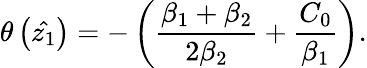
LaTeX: \theta\left(\hat{z_{1}}\right)=-\left(\frac{\beta_{1}+\beta_{2}}{2\beta_{2}}+\frac{C_{0}}{\beta_{1}}\right).